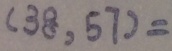
( 3 8 , 5 7 ) =